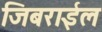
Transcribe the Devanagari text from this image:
जिबराईल